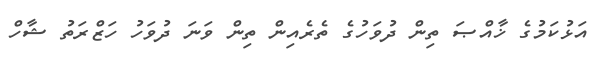
އަޅުކަމުގެ ޚާއްޞަ ތިން ދުވަހުގެ ތެރެއިން ތިން ވަނަ ދުވަހު ހަޒްރަތު ޝާހް